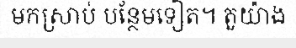
មកស្រាប់ បន្ថែមទៀត។ តួយ៉ាង